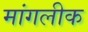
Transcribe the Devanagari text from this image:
मांगलीक